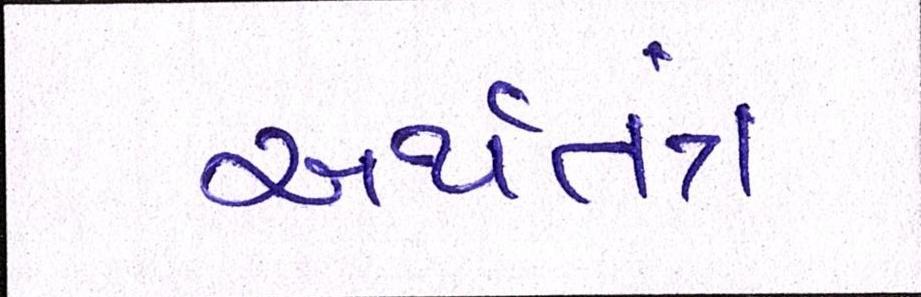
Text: અર્થતંત્ર